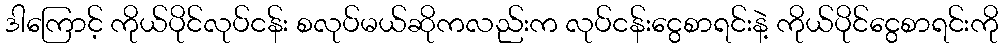
ဒါကြောင့် ကိုယ်ပိုင်လုပ်ငန်း စလုပ်မယ်ဆိုကလည်းက လုပ်ငန်းငွေစာရင်းနဲ့ ကိုယ်ပိုင်ငွေစာရင်းကို